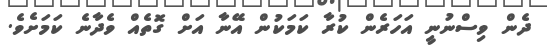
ދެން ވިސްނުނީ އަހަރެން ކުރާ ކަމަކުން އޭނާ އަށް ގޮތެއް ވެދާނެ ކަމަށެވެ.